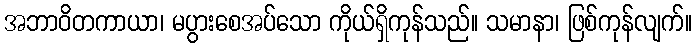
အဘာဝိတကာယာ၊ မပွားစေအပ်သော ကိုယ်ရှိကုန်သည်။ သမာနာ၊ ဖြစ်ကုန်လျက်။